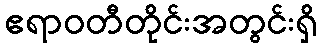
ဧရာဝတီတိုင်းအတွင်းရှိ